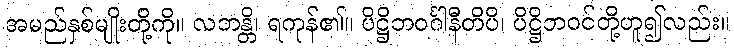
အမည်နှစ်မျိုးတို့ကို။ လဘန္တိ၊ ရကုန်၏။ ပိဋ္ဌိဘဝင်္ဂါနီတိပိ၊ ပိဋ္ဌိဘဝင်တို့ဟူ၍လည်း။